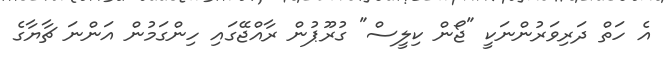
އެ ހަތް ދަރިވަރުންނަކީ "ޖޯން ކިލީސް" ގުރޫޕުން ރާއްޖޭގައި ހިންގަމުން އަންނަ ޗާޔާގެ